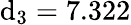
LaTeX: \mathrm{d}_{3}=7.322